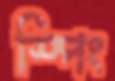
স্পিং